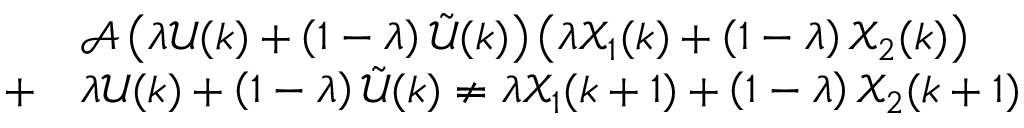
\begin{array} { r l } & { \mathscr { A } \left( \lambda \mathscr { U } ( k ) + \left( 1 - \lambda \right) \tilde { \mathscr { U } } ( k ) \right) \left( \lambda \mathscr { X } _ { 1 } ( k ) + \left( 1 - \lambda \right) \mathscr { X } _ { 2 } ( k ) \right) } \\ { + } & { \lambda \mathscr { U } ( k ) + \left( 1 - \lambda \right) \tilde { \mathscr { U } } ( k ) \neq \lambda \mathscr { X } _ { 1 } ( k + 1 ) + \left( 1 - \lambda \right) \mathscr { X } _ { 2 } ( k + 1 ) } \end{array}